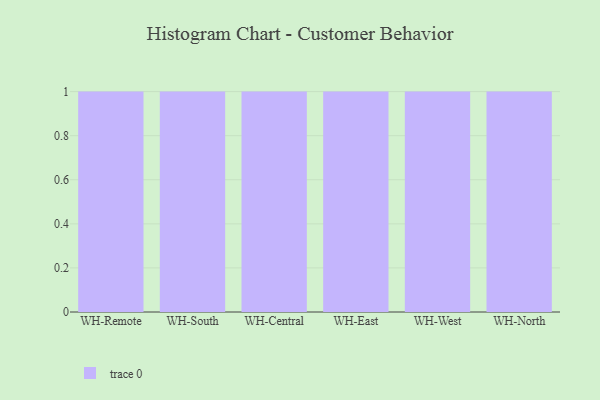
{"axis": {"x": "Warehouse", "y": "Backlog"}, "legend": [""], "data": [{"x": "WH-Remote", "y": 78, "type": ""}, {"x": "WH-South", "y": 81, "type": ""}, {"x": "WH-Central", "y": 100, "type": ""}, {"x": "WH-East", "y": 77, "type": ""}, {"x": "WH-West", "y": 83, "type": ""}, {"x": "WH-North", "y": 68, "type": ""}]}